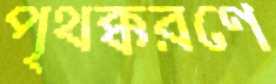
পৃথক্করণে